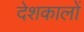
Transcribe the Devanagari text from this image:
देशकालों